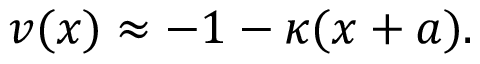
v ( x ) \approx - 1 - \kappa ( x + a ) .